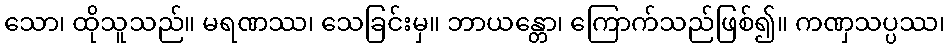
သော၊ ထိုသူသည်။ မရဏဿ၊ သေခြင်းမှ။ ဘာယန္တော၊ ကြောက်သည်ဖြစ်၍။ ကဏှသပ္ပဿ၊